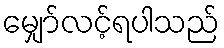
မျှော်လင့်ရပါသည်